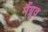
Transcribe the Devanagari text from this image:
मैंग्रूव